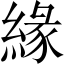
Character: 緣